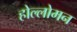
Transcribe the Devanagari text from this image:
होल्लोमन